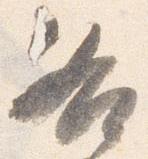
各